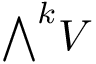
{ \textstyle \bigwedge } ^ { k } V